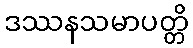
ဒဿနသမာပတ္တိ